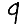
Digit: 9